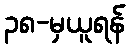
၃၈-မှယူရန်